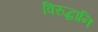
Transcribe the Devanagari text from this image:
विरुद्धानि